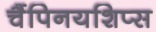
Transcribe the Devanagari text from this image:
चैंपिनयशिप्स